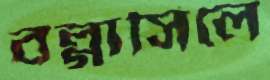
বল্গাসিলে